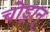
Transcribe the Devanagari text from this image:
चोड्रान्‌